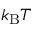
k _ { \mathrm { B } } T